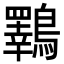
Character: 鸅